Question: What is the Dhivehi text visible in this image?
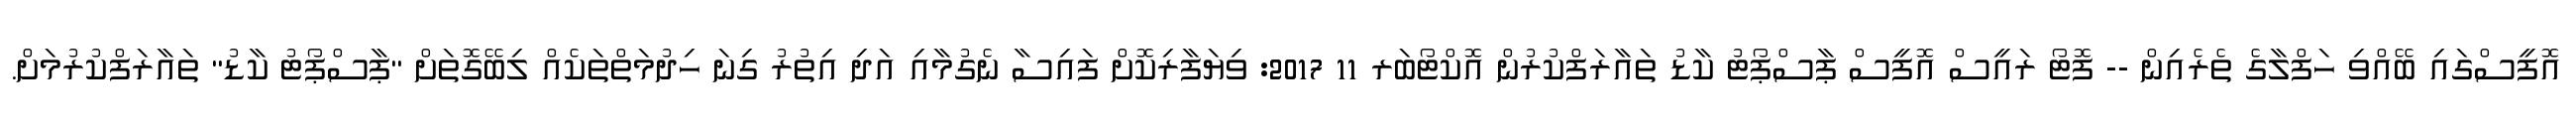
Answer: އޮފީސްގައި ބޭއްވި ހަފްލާގެ ތެރެއިން -- ފޮޓޯ ރައީސް އޮފީސް ޕާސްޕޯޓު ކާޑު ތައާރަފްކުރުން އޮކްޓޯބަރ 11 2017: ވިޔަފާރިކޮށް ފައިސާ ނެގުމާއި އަދި އިތުރު ގިނަ ހިދުމަތްތަކެއް ލިބޭގޮތަށް "ޕާސްޕޯޓު ކާޑު" ތައާރަފްކުރުމަށް.